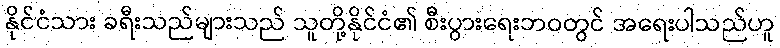
နိုင်ငံသား ခရီးသည်များသည် သူတို့နိုင်ငံ၏ စီးပွားရေးဘဝတွင် အရေးပါသည်ဟူ